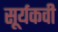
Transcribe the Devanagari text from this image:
सूर्यकवी